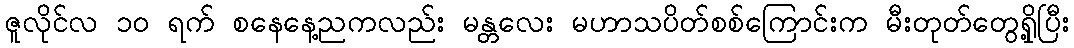
ဇူလိုင်လ ၁၀ ရက် စနေနေ့ညကလည်း မန္တလေး မဟာသပိတ်စစ်ကြောင်းက မီးတုတ်တွေရှို့ပြီး